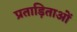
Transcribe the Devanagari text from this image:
प्रताड़िताओं